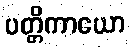
ပတ္တိကာယော